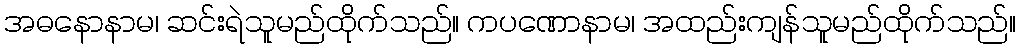
အဓနောနာမ၊ ဆင်းရဲသူမည်ထိုက်သည်။ ကပဏောနာမ၊ အထည်းကျန်သူမည်ထိုက်သည်။